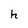
Character: h